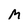
Character: M